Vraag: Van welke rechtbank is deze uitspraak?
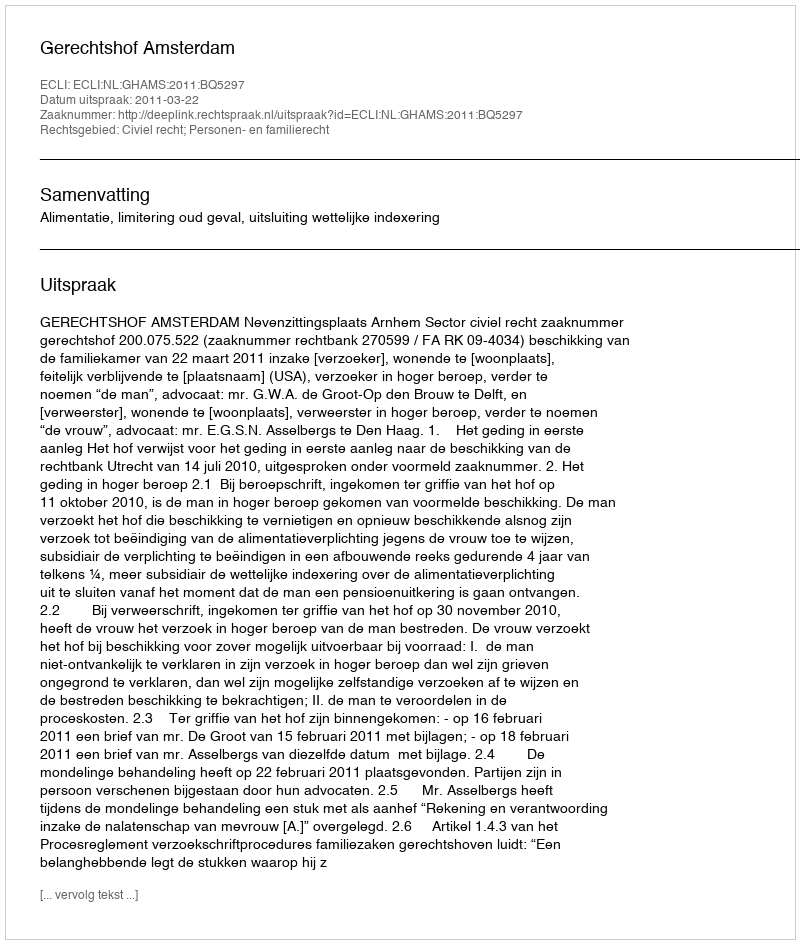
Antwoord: Gerechtshof Amsterdam